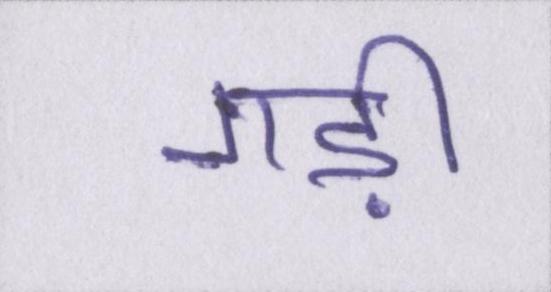
गड़ी